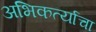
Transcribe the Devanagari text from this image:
अभिकर्त्याचा